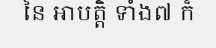
នៃ អាបត្តិ ទាំង៧ ក៏